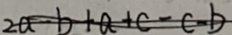
2 a - b + a + c - c - b